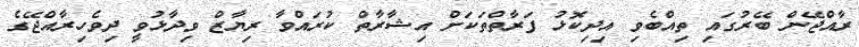
ރާއްޖޭން ބޭރުގައި ތިއްބެވި އިދިކޮޅު ފަރާތްތަކަށް އިޝާރާތް ކުރައްވާ ރިޔާޒް ވިދާޅުވީ ދިވެހިރާއްޖޭގެ